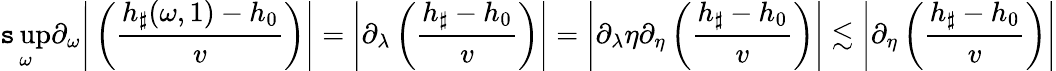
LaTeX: \operatorname*{\mathtt{s}up}_{\omega}\partial_{\omega}\Bigg|\left(\frac{{h_{\sharp}(\omega,1)-h_{0}}}{{v}}\right)\Bigg|=\left|\partial_{\lambda}\left(\frac{{h_{\sharp}-h_{0}}}{{v}}\right)\right|=\left|\partial_{\lambda}\eta\partial_{\eta}\left(\frac{{h_{\sharp}-h_{0}}}{{v}}\right)\right|\lesssim\left|\partial_{\eta}\left(\frac{{h_{\sharp}-h_{0}}}{{v}}\right)\right|